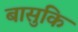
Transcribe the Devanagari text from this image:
बासुकि